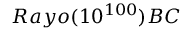
R a y o ( 1 0 ^ { 1 0 0 } ) B C